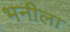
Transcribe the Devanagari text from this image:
भनीला